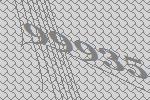
99935